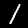
Digit: 1